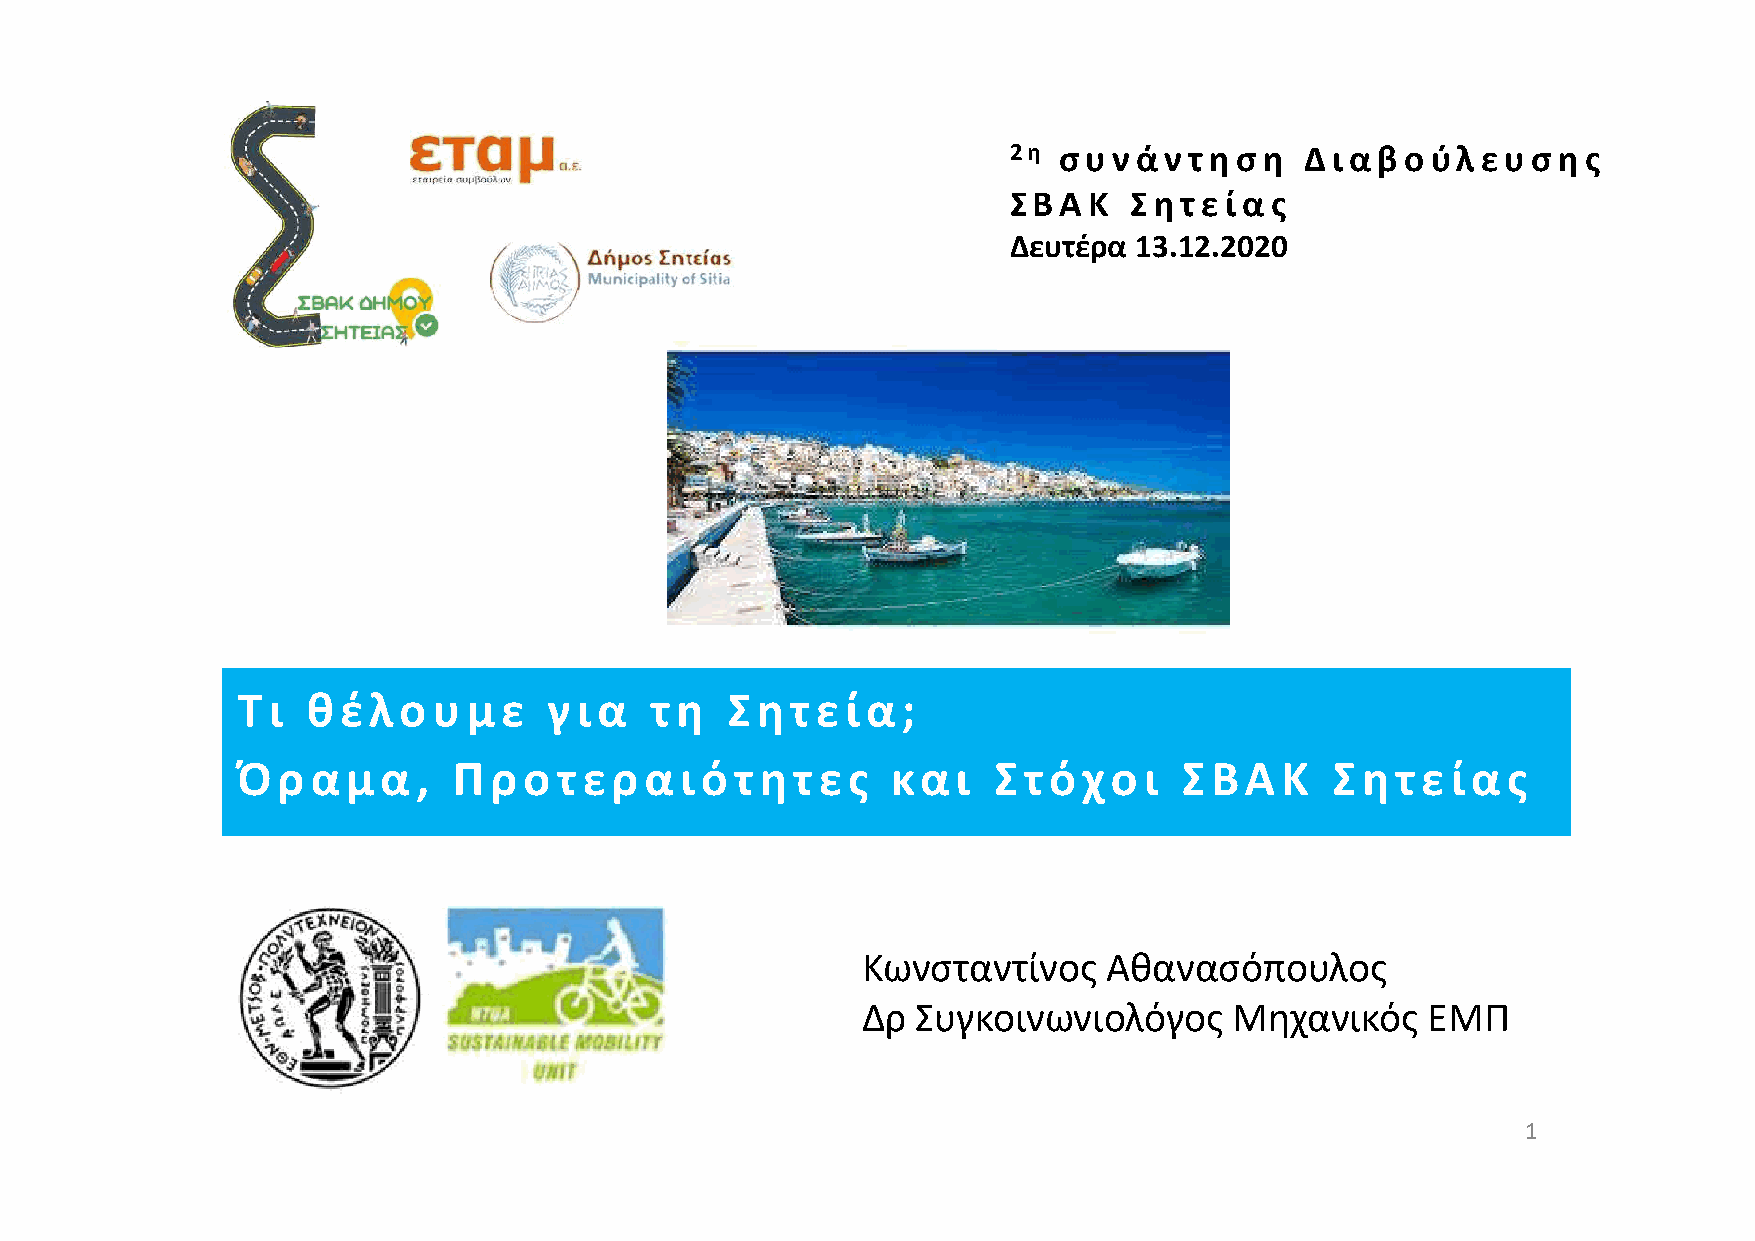
2η συ  ν ά ν τ η ση Δι α βο ύλ ευ ση  ς
 ΣΒΑΚ    Σητ  ε ία ς
 Δευτέρα 13.12.2020
 Τι  θ  έλο   υ μ ε  για    τ η  Σητ   ε ία;
 Όρ   αμα    , Π ρο   τ ερα   ιότ  ητ  ες   και    Στόχο     ι ΣΒΑΚ      Σ ητ  ε ία  ς
 Κωνσταντίνος    Αθανασόπουλος
 Δρ  Συγκοινωνιολόγος     Μηχανικός   ΕΜΠ
 1